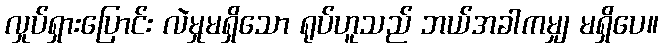
လှုပ်ရှားပြောင်း လဲမှုမရှိသော ရုပ်ဟူသည် ဘယ်အခါကမျှ မရှိပေ။